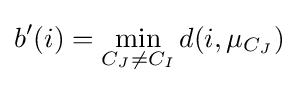
b'(i)=\min _{C_{J}\neq C_{I}}d(i,\mu _{C_{J}})